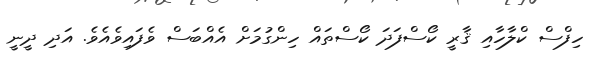
ހިފްސް ކްލާހާއި ޤާރީ ކޯސްފަދަ ކޯސްތައް ހިންގުމަށް އެއްބަސް ވެފައިވެއެވެ. އަދި ދީނީ